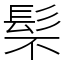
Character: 䯱